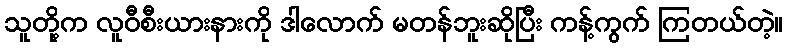
သူတို့က လူဝီစီးယားနားကို ဒါလောက် မတန်ဘူးဆိုပြီး ကန့်ကွက် ကြတယ်တဲ့။